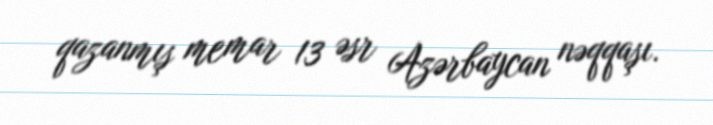
qazanmış memar 13 əsr Azərbaycan nəqqaşı.